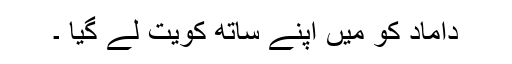
داماد کو میں اپنے ساتھ کویت لے گیا ۔